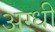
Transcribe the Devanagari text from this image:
अग्धी